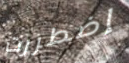
إضطررت